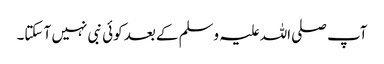
آپ صلی اللہ علیہ وسلم کے بعد کوئی نبی نہیں آ سکتا۔